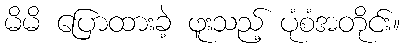
မိမိ ပြောထားခဲ့ ဖူးသည့် ပုံစံအတိုင်း။